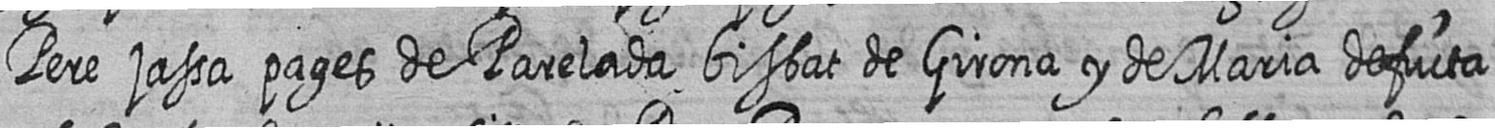
Pere jassa pages de Parelada bisbat de Girona y de Maria defucta